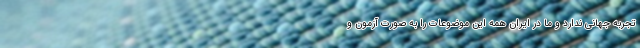
تجربه جهانی ندارد و ما در ایران همه این موضوعات را به صورت آزمون و